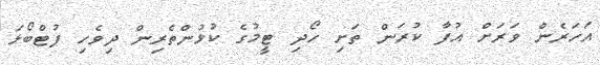
އަހަރެން ވަރަށް އުފާ ކުރަން ތަށި ހޯދި ޓީމުގެ ކުޅުންތެރިން ދިވެހި ފުޓްބޯޅަ